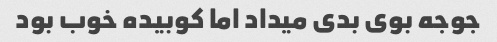
جوجه بوی بدی میداد اما کوبیده خوب بود